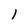
Character: 1